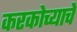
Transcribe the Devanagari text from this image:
करकोच्याचे